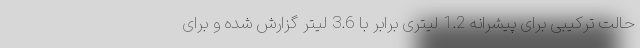
حالت ترکیبی برای پیشرانه 1.2 لیتری برابر با 3.6 لیتر گزارش شده و برای